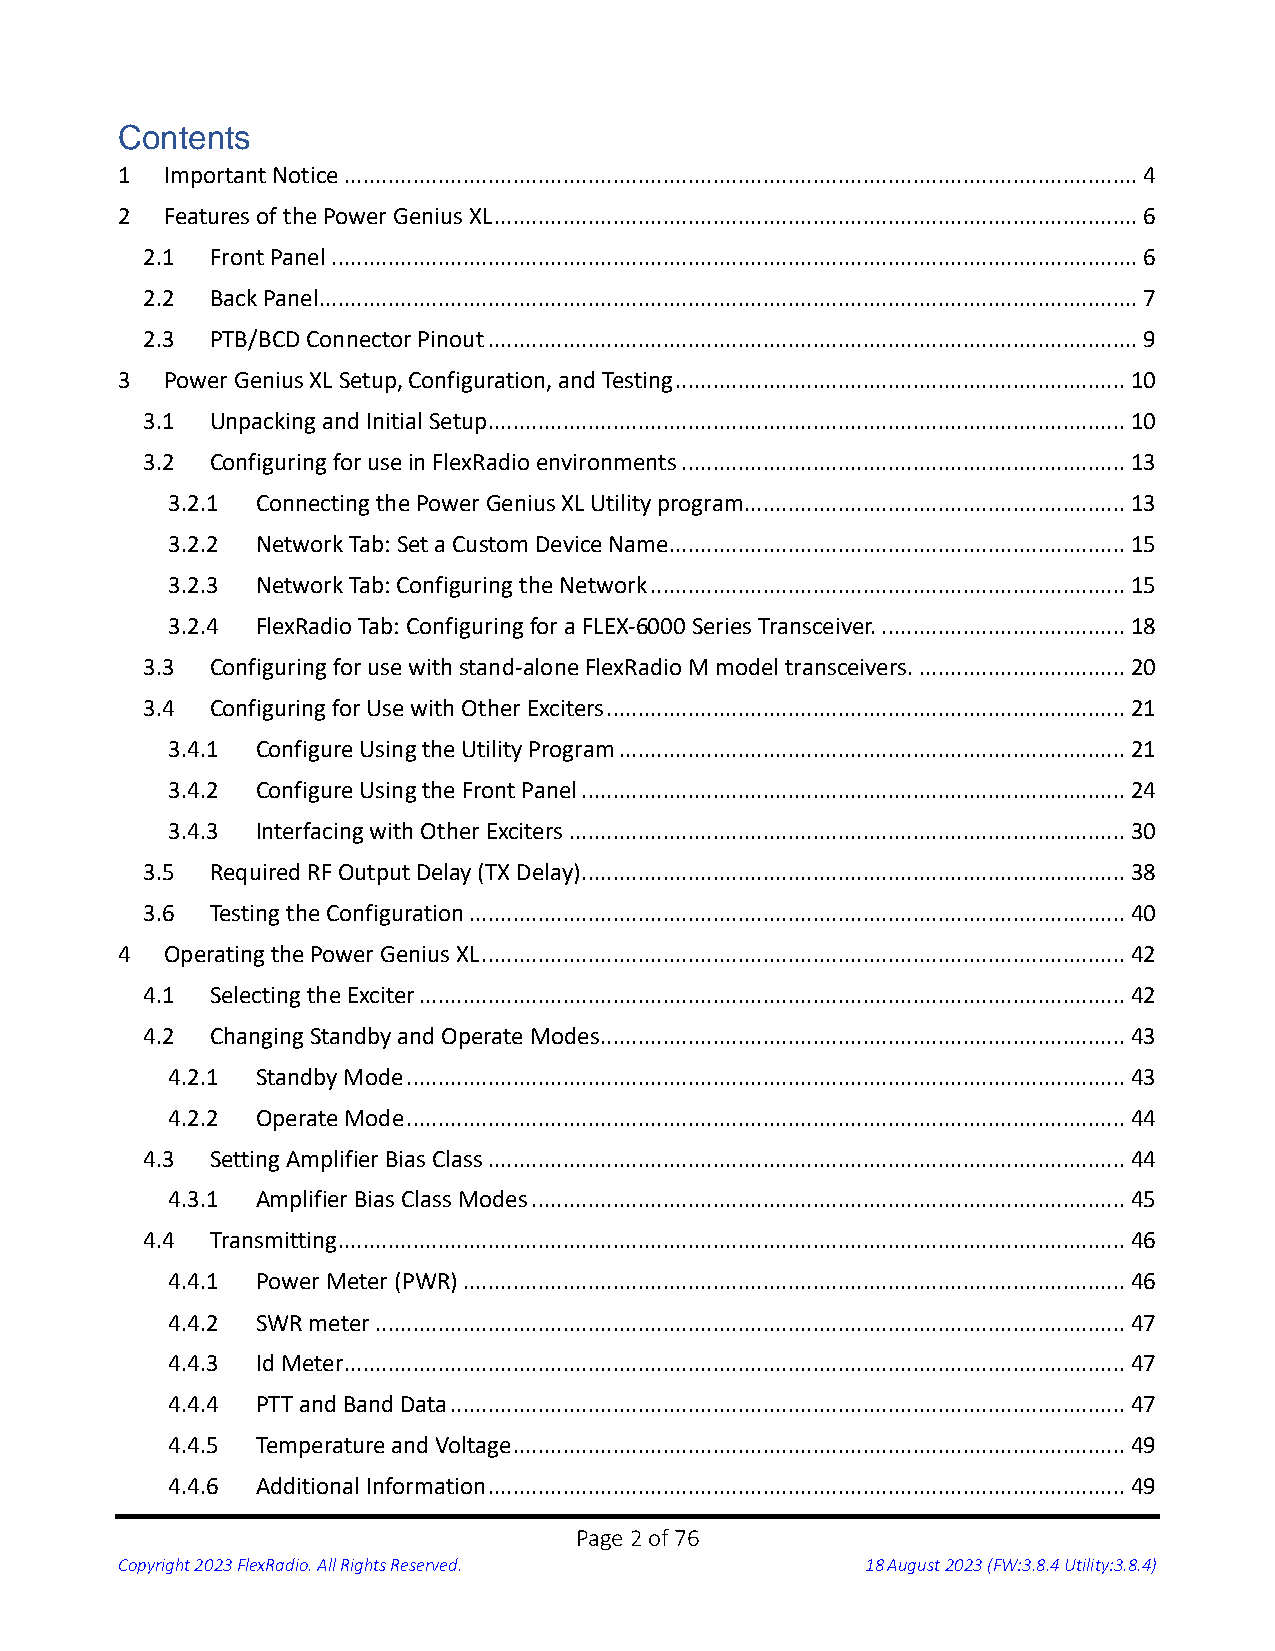
Contents
 1  Important Notice ............................................................................................................................... 4
 2  Features of the Power Genius XL ....................................................................................................... 6
 2.1  Front Panel ................................................................................................................................. 6
 2.2  Back Panel ................................................................................................................................... 7
 2.3  PTB/BCD Connector Pinout ........................................................................................................ 9
 3  Power Genius XL Setup, Configuration, and Testing ........................................................................ 10
 3.1  Unpacking and Initial Setup ...................................................................................................... 10
 3.2  Configuring for use in FlexRadio environments ....................................................................... 13
 3.2.1 Connecting the Power Genius XL Utility program............................................................. 13
 3.2.2 Network Tab: Set a Custom Device Name......................................................................... 15
 3.2.3 Network Tab: Configuring the Network ............................................................................ 15
 3.2.4 FlexRadio Tab: Configuring for a FLEX-6000 Series Transceiver. ....................................... 18
 3.3  Configuring for use with stand-alone FlexRadio M model transceivers. ................................. 20
 3.4  Configuring for Use with Other Exciters ................................................................................... 21
 3.4.1 Configure Using the Utility Program ................................................................................. 21
 3.4.2 Configure Using the Front Panel ....................................................................................... 24
 3.4.3 Interfacing with Other Exciters ......................................................................................... 30
 3.5  Required RF Output Delay (TX Delay) ....................................................................................... 38
 3.6  Testing the Configuration ......................................................................................................... 40
 4  Operating the Power Genius XL ....................................................................................................... 42
 4.1  Selecting the Exciter ................................................................................................................. 42
 4.2  Changing Standby and Operate Modes .................................................................................... 43
 4.2.1 Standby Mode ................................................................................................................... 43
 4.2.2 Operate Mode ................................................................................................................... 44
 4.3  Setting Amplifier Bias Class ...................................................................................................... 44
 4.3.1 Amplifier Bias Class Modes ............................................................................................... 45
 4.4  Transmitting .............................................................................................................................. 46
 4.4.1 Power Meter (PWR) .......................................................................................................... 46
 4.4.2 SWR meter ........................................................................................................................ 47
 4.4.3 Id Meter ............................................................................................................................. 47
 4.4.4 PTT and Band Data ............................................................................................................ 47
 4.4.5 Temperature and Voltage .................................................................................................. 49
 4.4.6 Additional Information ...................................................................................................... 49
 Page 2 of 76
 Copyright 2023 FlexRadio. All Rights Reserved.   18 August 2023 (FW:3.8.4 Utility:3.8.4)